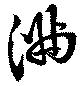
滿